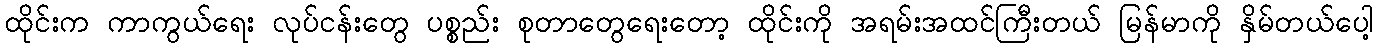
ထိုင်းက ကာကွယ်ရေး လုပ်ငန်းတွေ ပစ္စည်း စုတာတွေရေးတော့ ထိုင်းကို အရမ်းအထင်ကြီးတယ် မြန်မာကို နှိမ်တယ်ပေါ့